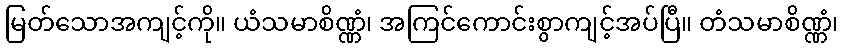
မြတ်သောအကျင့်ကို။ ယံသမာစိဏ္ဏံ၊ အကြင်ကောင်းစွာကျင့်အပ်ပြီ။ တံသမာစိဏ္ဏံ၊